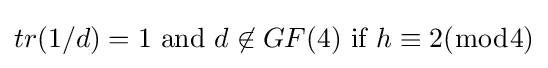
tr(1/d)=1{\hbox{ and }}d\not \in GF(4){\hbox{ if }}h\equiv 2({\bmod {4}})